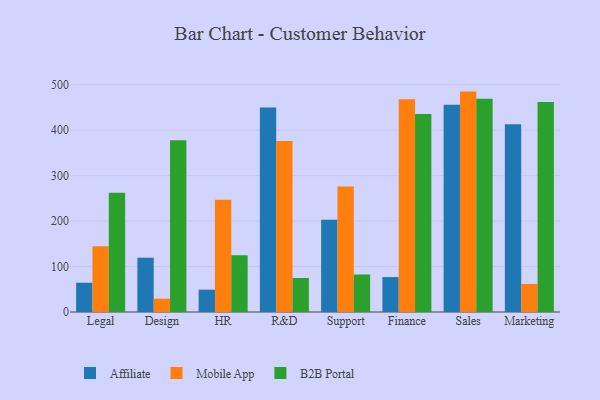
{"axis": {"x": "Department", "y": "Gross Profit (USD K)"}, "legend": ["Affiliate", "B2B Portal", "Mobile App"], "data": [{"x": "Legal", "y": 64.4, "type": "Affiliate"}, {"x": "Legal", "y": 144.5, "type": "Mobile App"}, {"x": "Legal", "y": 262.3, "type": "B2B Portal"}, {"x": "Design", "y": 119.3, "type": "Affiliate"}, {"x": "Design", "y": 29.3, "type": "Mobile App"}, {"x": "Design", "y": 377.6, "type": "B2B Portal"}, {"x": "HR", "y": 49.1, "type": "Affiliate"}, {"x": "HR", "y": 246.9, "type": "Mobile App"}, {"x": "HR", "y": 124.7, "type": "B2B Portal"}, {"x": "R&D", "y": 450.0, "type": "Affiliate"}, {"x": "R&D", "y": 376.3, "type": "Mobile App"}, {"x": "R&D", "y": 74.8, "type": "B2B Portal"}, {"x": "Support", "y": 203.2, "type": "Affiliate"}, {"x": "Support", "y": 276.2, "type": "Mobile App"}, {"x": "Support", "y": 82.5, "type": "B2B Portal"}, {"x": "Finance", "y": 76.8, "type": "Affiliate"}, {"x": "Finance", "y": 468.3, "type": "Mobile App"}, {"x": "Finance", "y": 435.7, "type": "B2B Portal"}, {"x": "Sales", "y": 456.1, "type": "Affiliate"}, {"x": "Sales", "y": 484.9, "type": "Mobile App"}, {"x": "Sales", "y": 469.2, "type": "B2B Portal"}, {"x": "Marketing", "y": 413.3, "type": "Affiliate"}, {"x": "Marketing", "y": 61.7, "type": "Mobile App"}, {"x": "Marketing", "y": 462.2, "type": "B2B Portal"}]}